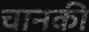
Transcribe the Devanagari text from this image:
चानकी